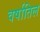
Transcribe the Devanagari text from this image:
वर्षातिल